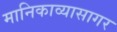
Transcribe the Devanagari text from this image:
मानिकाव्यासागर